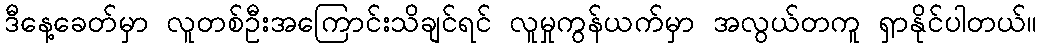
ဒီနေ့ခေတ်မှာ လူတစ်ဦးအကြောင်းသိချင်ရင် လူမှုကွန်ယက်မှာ အလွယ်တကူ ရှာနိုင်ပါတယ်။